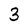
Character: 3